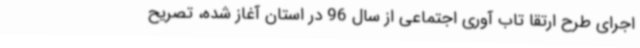
اجرای طرح ارتقا تاب آوری اجتماعی از سال 96 در استان آغاز شده، تصریح